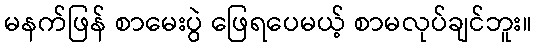
မနက်ဖြန် စာမေးပွဲ ဖြေရပေမယ့် စာမလုပ်ချင်ဘူး။